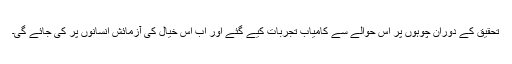
تحقیق کے دوران چوہوں پر اس حوالے سے کامیاب تجربات کیے گئے اور اب اس خیال کی آزمائش انسانوں پر کی جائے گی۔